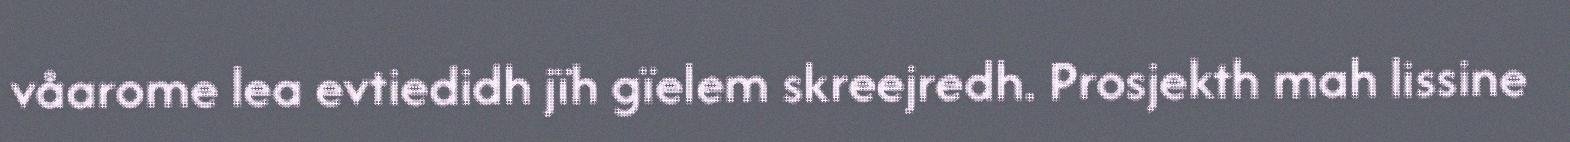
våarome lea evtiedidh jïh gïelem skreejredh. Prosjekth mah lissine